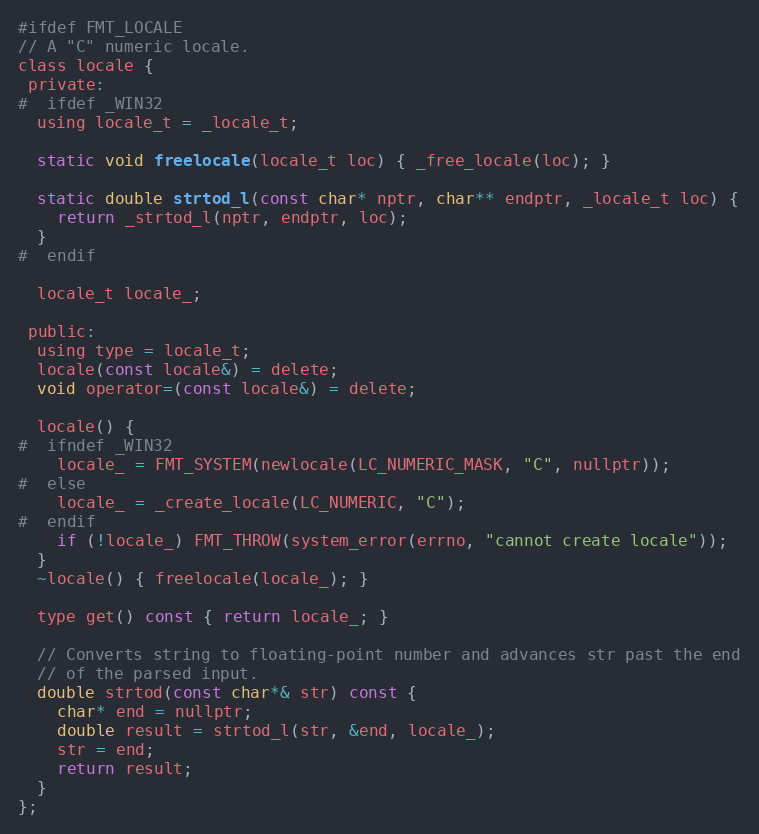
Language: C
#ifdef FMT_LOCALE
// A "C" numeric locale.
class locale {
 private:
#  ifdef _WIN32
  using locale_t = _locale_t;

  static void freelocale(locale_t loc) { _free_locale(loc); }

  static double strtod_l(const char* nptr, char** endptr, _locale_t loc) {
    return _strtod_l(nptr, endptr, loc);
  }
#  endif

  locale_t locale_;

 public:
  using type = locale_t;
  locale(const locale&) = delete;
  void operator=(const locale&) = delete;

  locale() {
#  ifndef _WIN32
    locale_ = FMT_SYSTEM(newlocale(LC_NUMERIC_MASK, "C", nullptr));
#  else
    locale_ = _create_locale(LC_NUMERIC, "C");
#  endif
    if (!locale_) FMT_THROW(system_error(errno, "cannot create locale"));
  }
  ~locale() { freelocale(locale_); }

  type get() const { return locale_; }

  // Converts string to floating-point number and advances str past the end
  // of the parsed input.
  double strtod(const char*& str) const {
    char* end = nullptr;
    double result = strtod_l(str, &end, locale_);
    str = end;
    return result;
  }
};